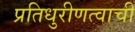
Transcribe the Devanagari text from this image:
प्रतिधुरीणत्वाची